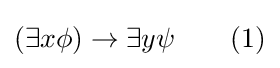
(\exists x\phi )\rightarrow \exists y\psi \qquad (1)